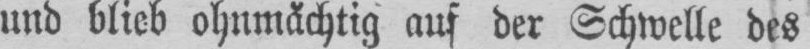
auf der Schwelle des